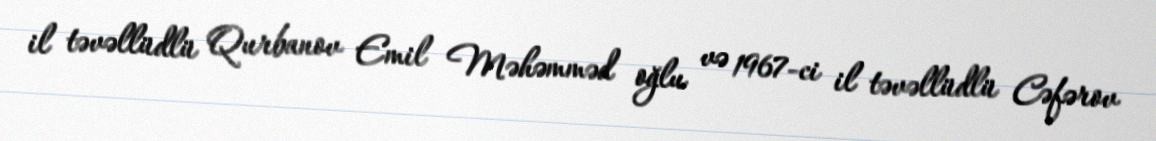
il təvəllüdlü Qurbanov Emil Məhəmməd oğlu və 1967-ci il təvəllüdlü Cəfərov